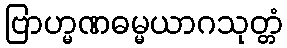
ဗြာဟ္မဏဓမ္မယာဂသုတ္တံ